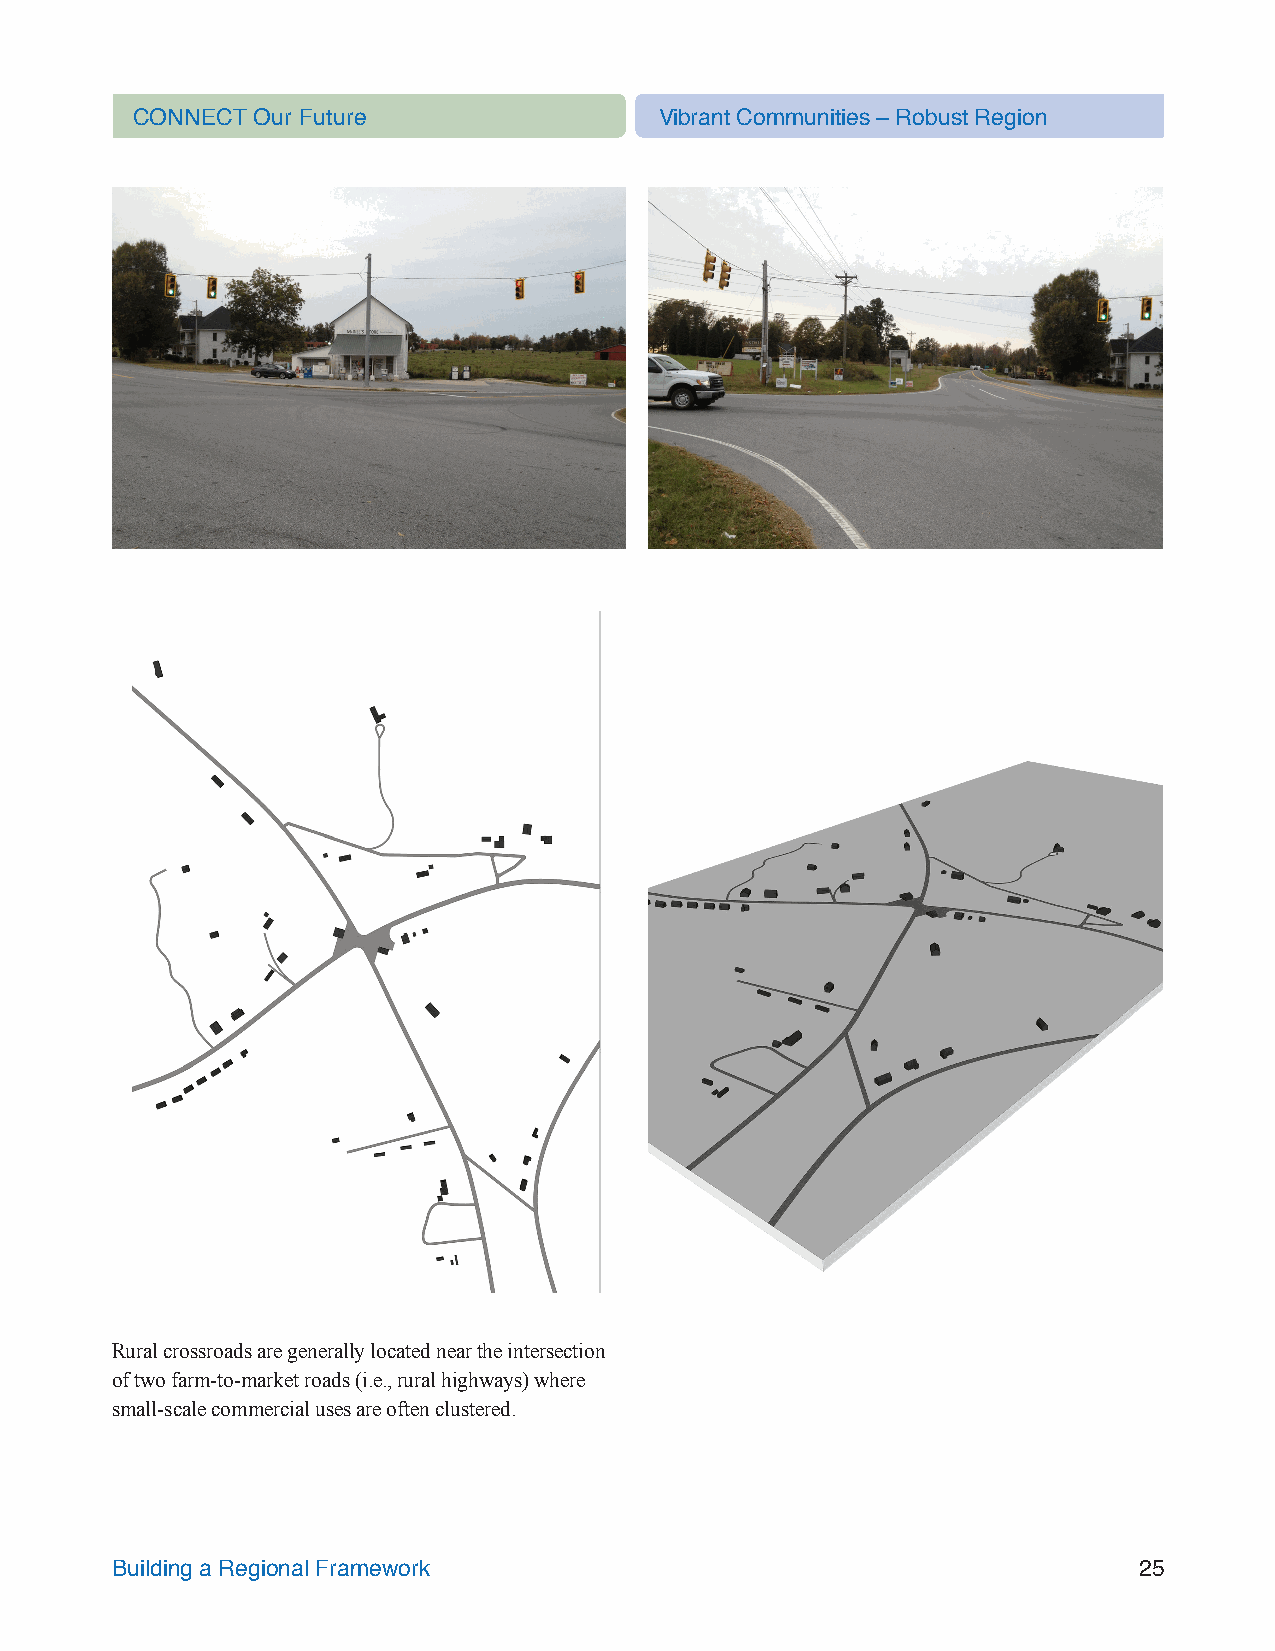
CONNECT Our Future                 Vibrant Communities – Robust Region
 Rural crossroads are generally located near the intersection
 of two farm-to-market roads (i.e., rural highways) where
 small-scale commercial uses are often clustered.
 Building a Regional Framework                                       25